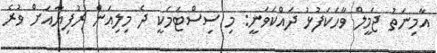
އާމިނަތު ޖަމީލް ވާހަކަފުޅު ދައްކަވަނީ: މި ސިސްޓަމަކީ ދެ މިލިއަން ރުފިޔާއަށް ވުރެ